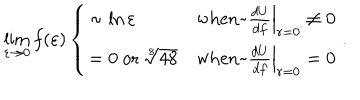
LaTeX: \lim _ { \varepsilon \rightarrow 0 } f ( \varepsilon ) \left\{ \begin{array} { l l } { { \sim \ln \varepsilon } } & { { \mathrm { w h e n ~ } \left. \frac { d U } { d f } \right| _ { r = 0 } \ne 0 } } \\ { { = 0 ~ \mathrm { o r } ~ \sqrt [ [object Object] ] ] { 4 8 } } } & { { \mathrm { w h e n ~ } \left. \frac { d U } { d f } \right| _ { r = 0 } = 0 } } \\ \end{array} \right. .